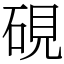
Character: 硯